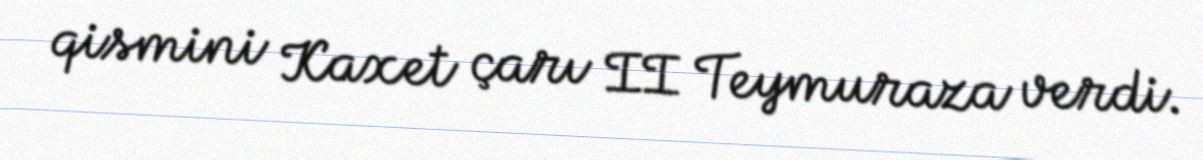
qismini Kaxet çarı II Teymuraza verdi.